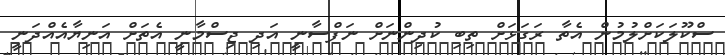
ސްކޫލަކަށްލުމުން އެތާ ރަގަޅަށް ތިބި ކުދިންނަށް ނަފްސާނީ އަދި ޖިސްމާނީ އެތަށް އަނިޔާއެއްދަނީ